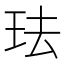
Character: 珐